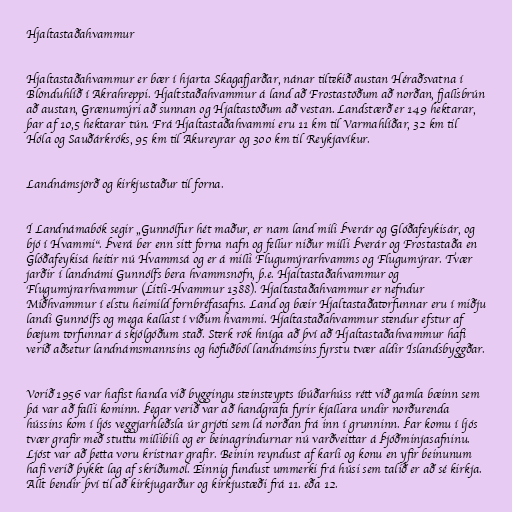
Hjaltastaðahvammur

Hjaltastaðahvammur er bær í hjarta Skagafjarðar, nánar tiltekið austan Héraðsvatna í
Blönduhlíð í Akrahreppi. Hjaltstaðahvammur á land að Frostastöðum að norðan, fjallsbrún
að austan, Grænumýri að sunnan og Hjaltastöðum að vestan. Landstærð er 149 hektarar,
þar af 10,5 hektarar tún. Frá Hjaltastaðahvammi eru 11 km til Varmahlíðar, 32 km til
Hóla og Sauðárkróks, 95 km til Akureyrar og 300 km til Reykjavíkur.

Landnámsjörð og kirkjustaður til forna.

Í Landnámabók segir „Gunnólfur hét maður, er nam land mili Þverár og Glóðafeykisár, og
bjó í Hvammi“. Þverá ber enn sitt forna nafn og fellur niður milli Þverár og Frostastaða en
Glóðafeykisá heitir nú Hvammsá og er á milli Flugumýrarhvamms og Flugumýrar. Tvær
jarðir í landnámi Gunnólfs bera hvammsnöfn, þ.e. Hjaltastaðahvammur og
Flugumýrarhvammur (Litli-Hvammur 1388). Hjaltastaðahvammur er nefndur
Miðhvammur í elstu heimild fornbréfasafns. Land og bæir Hjaltastaðatorfunnar eru í miðju
landi Gunnólfs og mega kallast í víðum hvammi. Hjaltastaðahvammur stendur efstur af
bæjum torfunnar á skjólgóðum stað. Sterk rök hníga að því að Hjaltastaðahvammur hafi
verið aðsetur landnámsmannsins og höfuðból landnámsins fyrstu tvær aldir Íslandsbyggðar.

Vorið 1956 var hafist handa við byggingu steinsteypts íbúðarhúss rétt við gamla bæinn sem
þá var að falli kominn. Þegar verið var að handgrafa fyrir kjallara undir norðurenda
hússins kom í ljós veggjarhleðsla úr grjóti sem lá norðan frá inn í grunninn. Þar komu í ljós
tvær grafir með stuttu millibili og er beinagrindurnar nú varðveittar á Þjóðminjasafninu.
Ljóst var að þetta voru kristnar grafir. Beinin reyndust af karli og konu en yfir beinunum
hafi verið þykkt lag af skriðumöl. Einnig fundust ummerki frá húsi sem talið er að sé kirkja.
Allt bendir því til að kirkjugarður og kirkjustæði frá 11. eða 12.